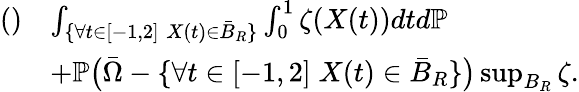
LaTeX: \begin{array}{rl}{\mathrm{()}}&{\le\int_{\{ \forall t\in[-1,2]\; X(t)\in\bar{B}_{R}\} }\int_{0}^{1}\zeta(X(t))dtd\mathbb{P}}\\ &{+\mathbb{P}\big(\bar{\Omega}-\{ \forall t\in[-1,2]\; X(t)\in\bar{B}_{R}\} \big)\operatorname*{sup}_{B_{R}}\zeta.}\end{array}